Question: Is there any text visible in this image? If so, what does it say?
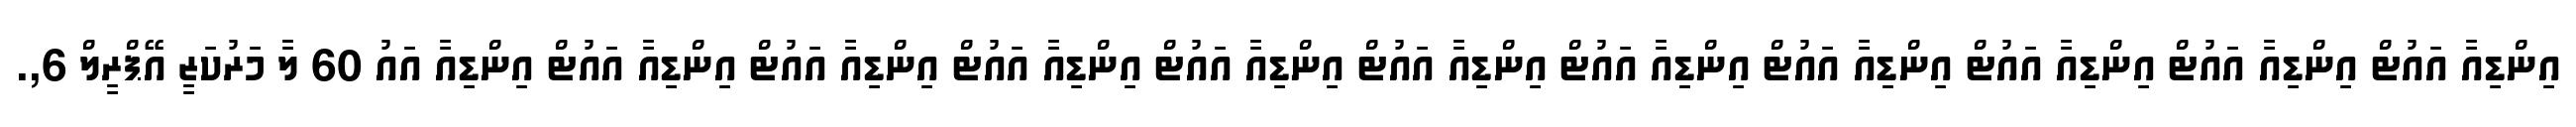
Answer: އިންޑިއާ އައުޓް އިންޑިއާ އައުޓް އިންޑިއާ އައުޓް އިންޑިއާ އައުޓް އިންޑިއާ އައުޓް އިންޑިއާ އައުޓް އިންޑިއާ އައުޓް އިންޑިއާ އައުޓް އިންޑިއާ އައުޓް އިންޑިއާ އައުޓް އިންޑިއާ އައު 60 ލާ މަރުކަޒީ އޭޕްރީލް 6,.